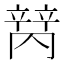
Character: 𬔩